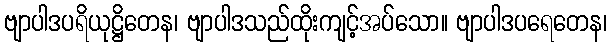
ဗျာပါဒပရိယုဋ္ဌိတေန၊ ဗျာပါဒသည်ထိုးကျင့်အပ်သော။ ဗျာပါဒပရေတေန၊